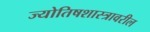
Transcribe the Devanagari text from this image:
ज्योतिषशास्त्रावरील